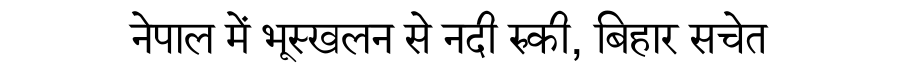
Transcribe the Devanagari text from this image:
नेपाल में भूस्खलन से नदी रुकी, बिहार सचेत